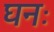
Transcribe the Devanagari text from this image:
घनः